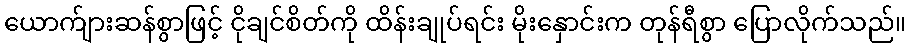
ယောက်ျားဆန်စွာဖြင့် ငိုချင်စိတ်ကို ထိန်းချုပ်ရင်း မိုးနှောင်းက တုန်ရီစွာ ပြောလိုက်သည်။